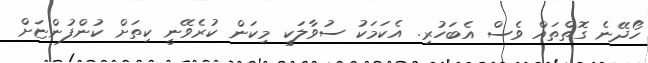
ހޯދޭނެ ގޮތްތައް ވެސް އެބަހުރި. އެކަމަކު ސުވާލަކީ މިކަން ކުރެވޭނީ ކިތަށް ކުންފުންޏަށް